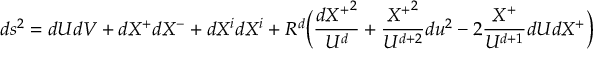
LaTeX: d s ^ { 2 } = d U d V + d X ^ { + } d X ^ { - } + d X ^ { i } d X ^ { i } + R ^ { d } \Big ( \frac { { d X ^ { + } } ^ { 2 } } { U ^ { d } } + \frac { { X ^ { + } } ^ { 2 } } { U ^ { d + 2 } } d u ^ { 2 } - 2 \frac { X ^ { + } } { U ^ { d + 1 } } d U d X ^ { + } \Big )